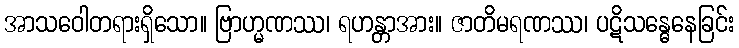
အာသဝေါတရားရှိသော။ ဗြာဟ္မဏဿ၊ ရဟန္တာအား။ ဇာတိမရဏဿ၊ ပဋိသန္ဓေနေခြင်း